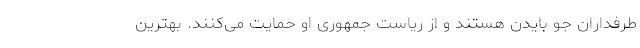
طرفداران جو بایدن هستند و از ریاست جمهوری او حمایت می‌کنند. بهترین